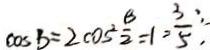
\cos B = 2 \cos ^ { 2 } \frac { \beta } { 2 } = 1 = \frac { 3 } { 5 } .